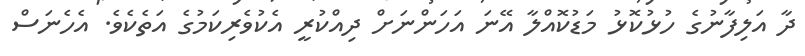
ދާ އަލިފާނުގެ ހުޅުކޮޅު މަޑުކޮއްލާ އޭނަ އަހަންނަށް ދިއްކުރީ އެކުވެރިކަމުގެ އަތެކެވެ. އެހެނަސް